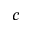
c